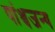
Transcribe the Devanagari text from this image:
पांञ्चजन्य